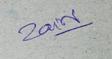
Signature authenticity: genuine